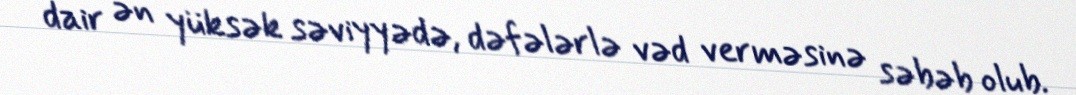
dair ən yüksək səviyyədə, dəfələrlə vəd verməsinə səbəb olub.